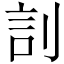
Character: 䚯